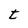
Character: t